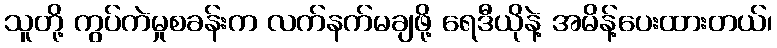
သူတို့ ကွပ်ကဲမှုစခန်းက လက်နက်မချဖို့ ရေဒီယိုနဲ့ အမိန့်ပေးထားတယ်၊